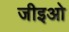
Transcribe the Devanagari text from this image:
जीइओ